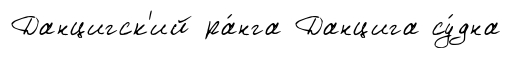
Данцигск'ий ра́нга Данцига су́дна